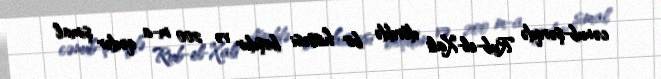
cənub-şərqdə Rub-el-Xali dörddə bir hissəsi boşdur və 200 m-a qədər şimal